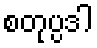
စတုပ္ပဒါ